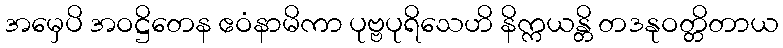
အမှေပိ အဝဋ္ဌိတေန ဧဝံနာမိကာ ပုဗ္ဗပုရိသေဟိ နိက္ကယန္တိ တဒနုဝတ္တိတာယ